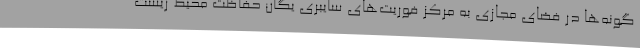
گونه‌ها در فضای مجازی به مرکز فوریت‌های سایبری یگان حفاظت محیط زیست